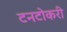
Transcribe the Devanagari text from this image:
टनटोकरी